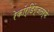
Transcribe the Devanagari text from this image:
रेकॉर्डिंग्जतर्फे